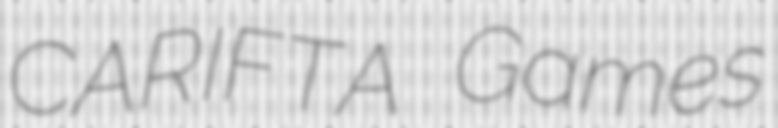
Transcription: CARIFTA Games